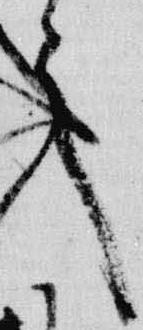
之